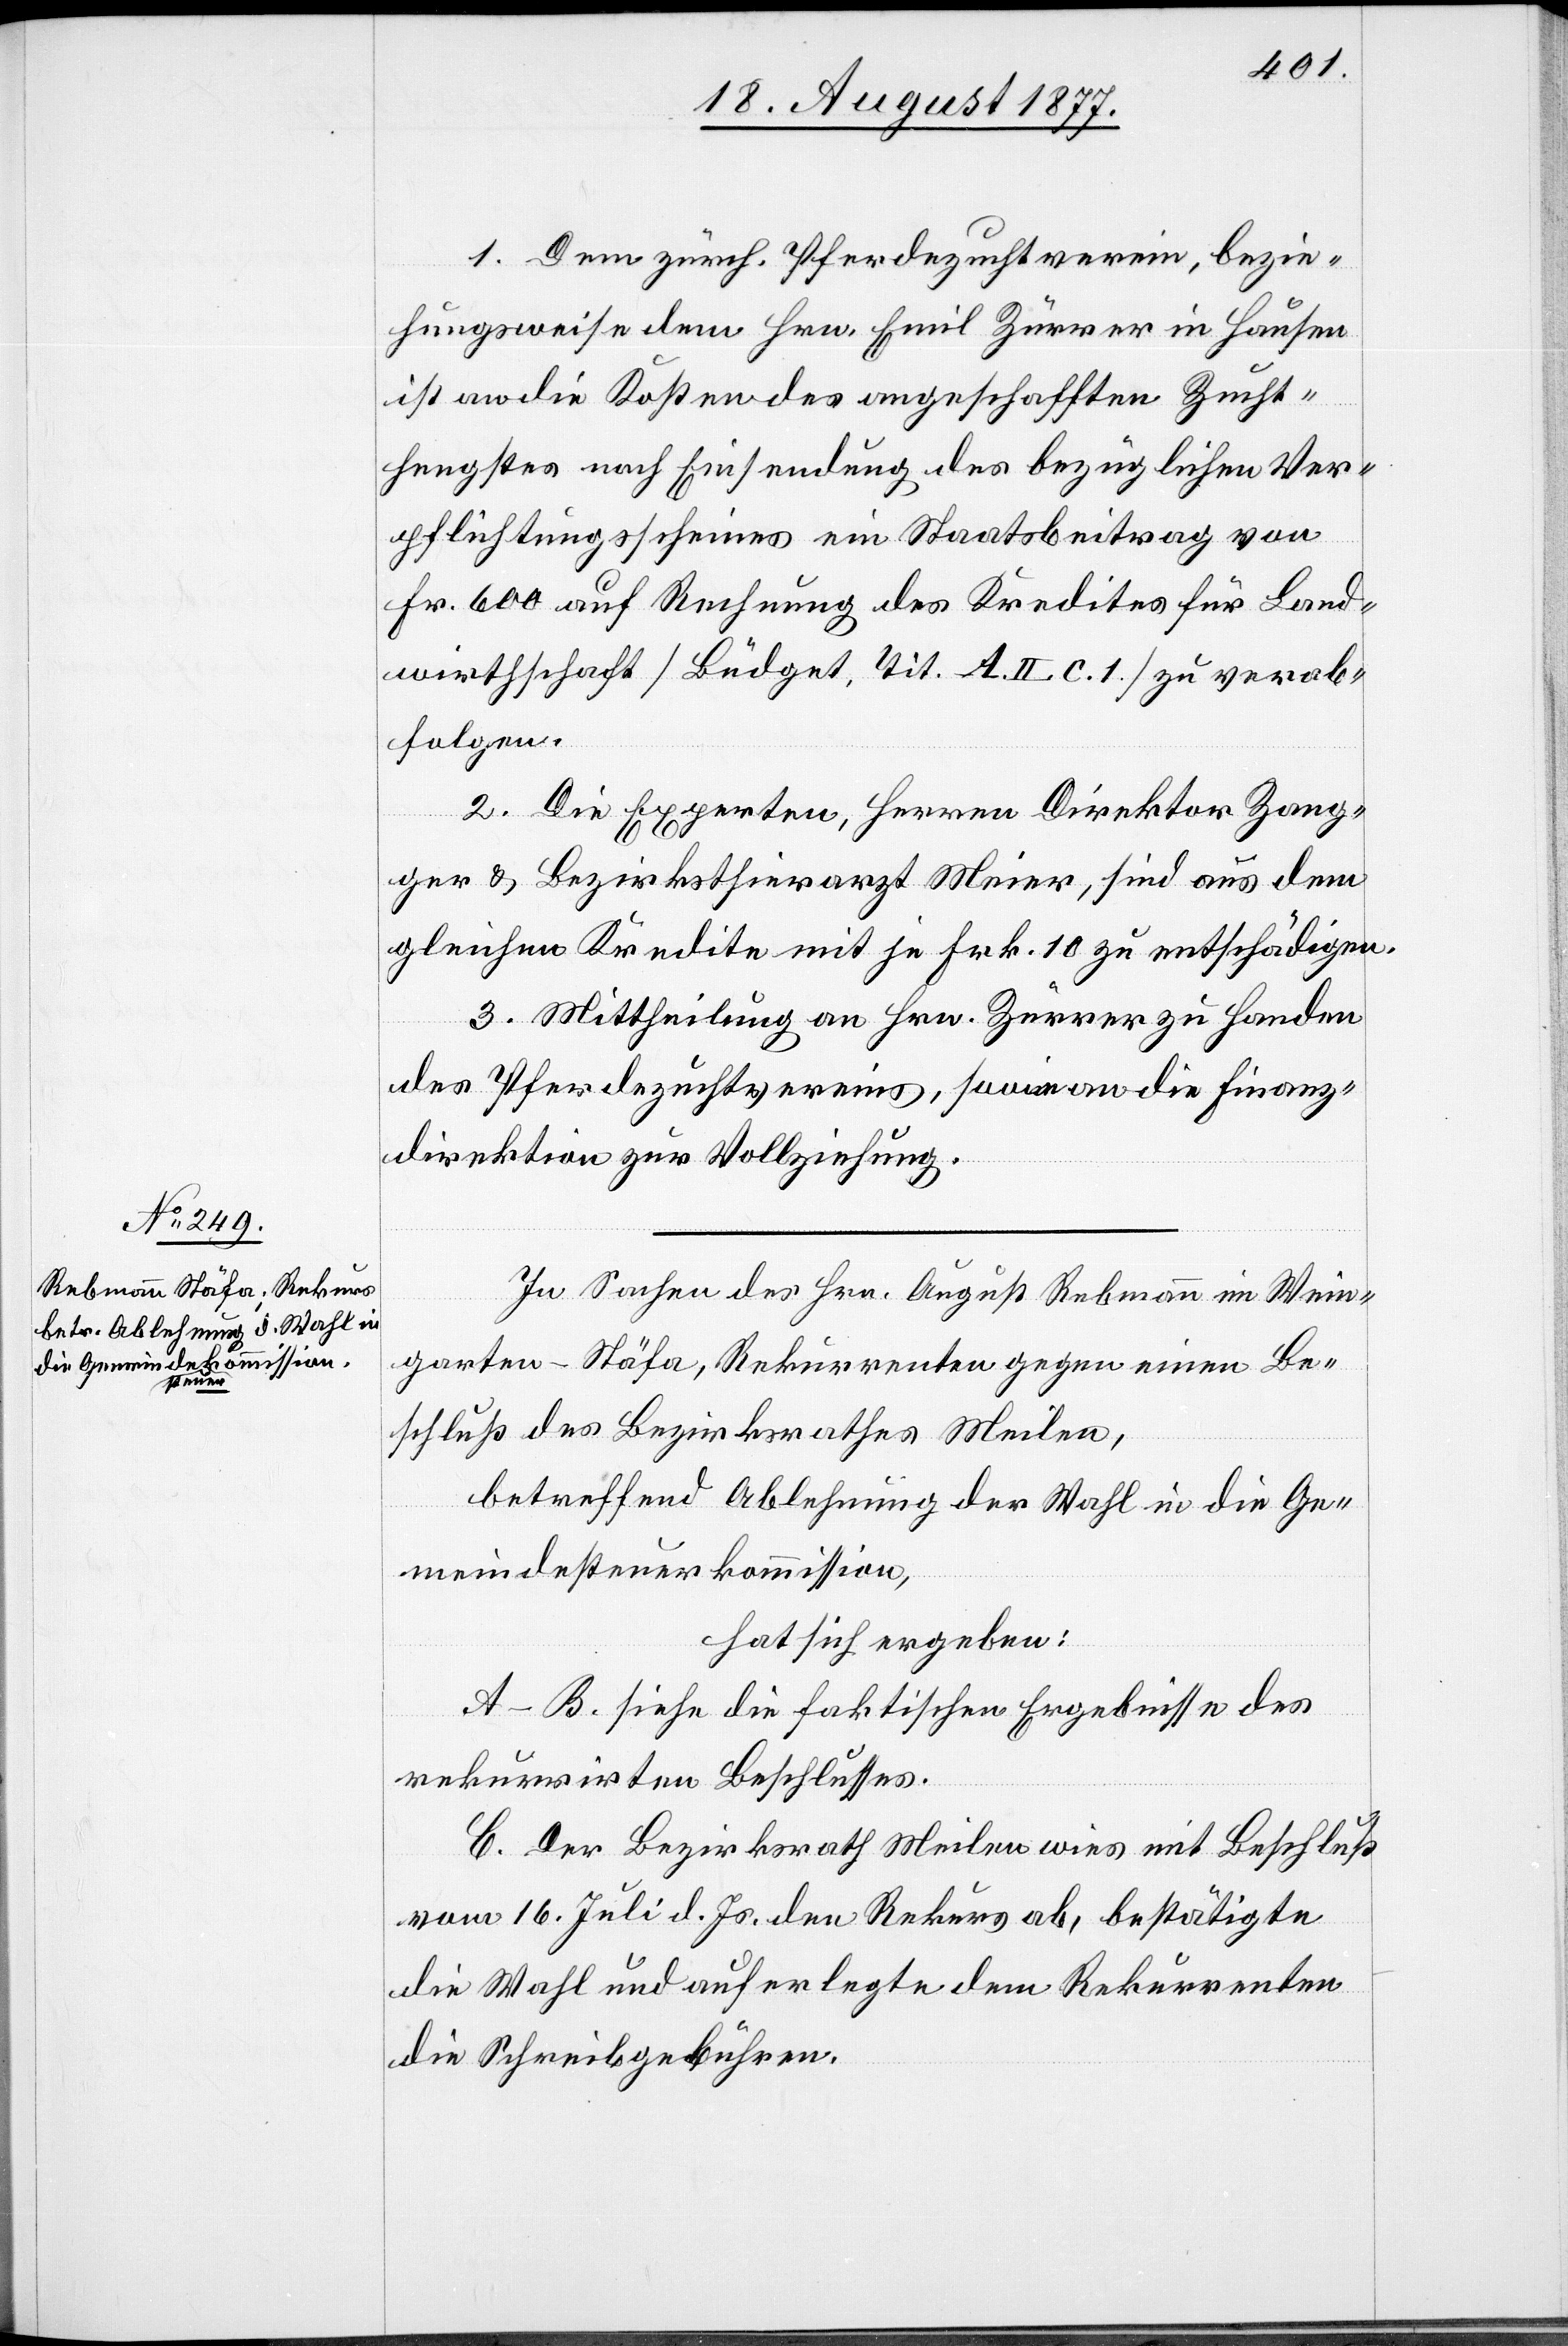
1. Dem zürch. Pferdezuchtverein, bezie¬
hungsweise dem Hrn. Emil Zürrer in Hausen
ist an die Kosten des angeschafften Zucht¬
hengstes nach Einsendung des bezüglichen Ver¬
pflichtungsscheines ein Staatsbeitrag von
Fr. 600 auf Rechnung des Kredites für Land¬
wirthschaft [Büdget, Tit. A. II. c. 1.] zu verab¬
folgen.
2. Die Experten, Herren Direktor Zang¬
ger & Bezirksthierarzt Meier, sind aus dem
gleichen Kredite mit je Frk. 10 zu entschädigen.
3. Mittheilung an Hrn. Zürrer zu Handen
des Pferdezuchtvereins, sowie an die Finanz¬
direktion zur Vollziehung.
In Sachen des Hrn. August Rebmann im Wein¬
garten - Stäfa, Rekurrenten gegen einen Be¬
schluß des Bezirksrathes Meilen,
betreffend Ablehnung der Wahl in die Ge¬
meindesteuerkommission,
hat sich ergeben:
A–B. siehe die faktischen Ergebnisse des
rekurrirten Beschlusses.
C. Der Bezirksrath Meilen wies mit Beschluß
vom 16. Juli d. Js. den Rekurs ab, bestätigte
die Wahl und auferlegte dem Rekurrenten
die Schreibgebühren.